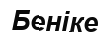
Беніке